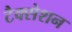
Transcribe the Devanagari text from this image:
टैक्सेशन